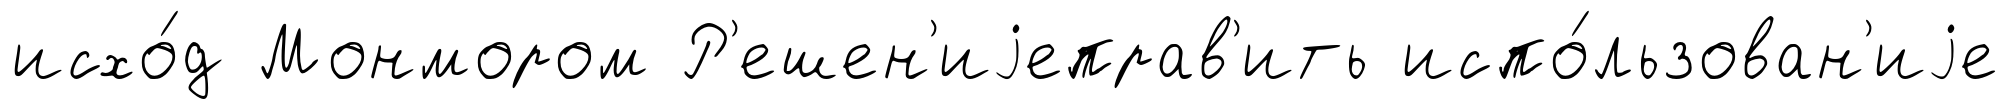
исхо́д Монмором Р'ешен'иjеправ'ить испо́льзован'иjе